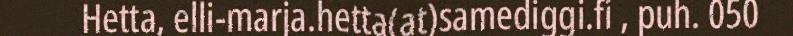
Hetta, elli-marja.hetta(at)samediggi.fi , puh. 050